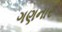
ગણનાર